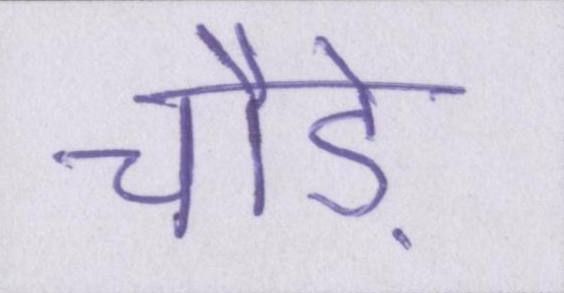
चौड़े